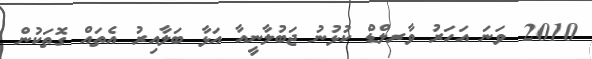
2010 ވަނަ އަހަރު ވާރލްޑް ކުޅުނު ޖަބުލާނީއާ އަޅާ ބަލާއިރު އެތައް ގޮތަކުން